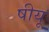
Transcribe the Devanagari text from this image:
षीयू